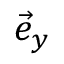
\vec { e } _ { y }